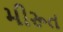
મીરૂત